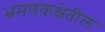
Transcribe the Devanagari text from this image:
भ्रमणकक्षेतील